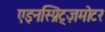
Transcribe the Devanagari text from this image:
एइनस्प्रिट्ज़मोटर